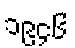
၁၉၄၆